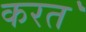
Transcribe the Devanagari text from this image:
करत॓